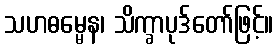
သဟဓမ္မေန၊ သိက္ခာပုဒ်တော်ဖြင့်။